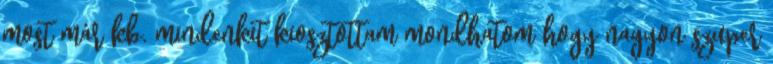
most már kb. mindenkit kiosztottam mondhatom hogy nagyon szuper